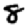
Digit: 8